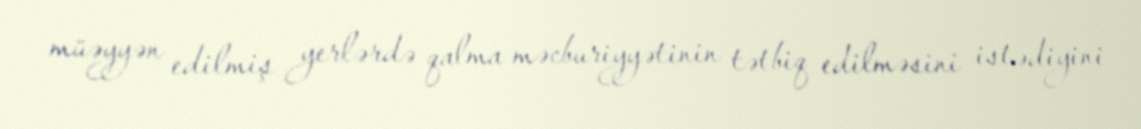
müəyyən edilmiş yerlərdə qalma məcburiyyətinin tətbiq edilməsini istədiyini